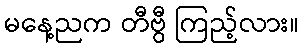
မနေ့ညက တီဗွီ ကြည့်လား။